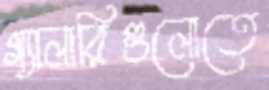
গ্যালারিগুলোতে